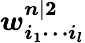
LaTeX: \boldsymbol{w_{i_{1}\cdots i_{l}}^{n|2}}